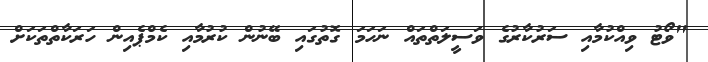
"ވޯޓު ވިއްކުމާއި ސަރުކާރުގެ ވަސީލަތްތައް ނަހަމަ ގޮތުގައި ބޭނުން ކުރުމާއި ކެމްޕެއިން ހަރަކާތްތަކަށް